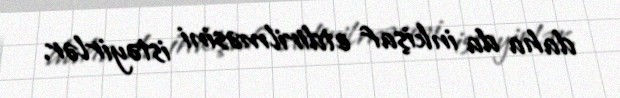
daha da inkişaf etdirilməsini istəyirlər.